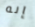
إنه